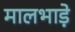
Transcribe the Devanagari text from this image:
मालभाड़े